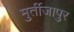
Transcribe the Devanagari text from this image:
मुर्तीजापुर